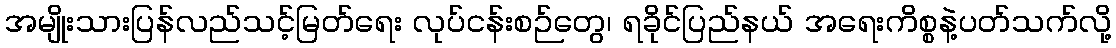
အမျိုးသားပြန်လည်သင့်မြတ်ရေး လုပ်ငန်းစဉ်တွေ၊ ရခိုင်ပြည်နယ် အရေးကိစ္စနဲ့ပတ်သက်လို့